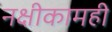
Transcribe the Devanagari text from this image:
नक्षीकामही